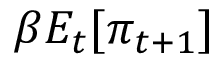
\beta E _ { t } [ \pi _ { t + 1 } ]